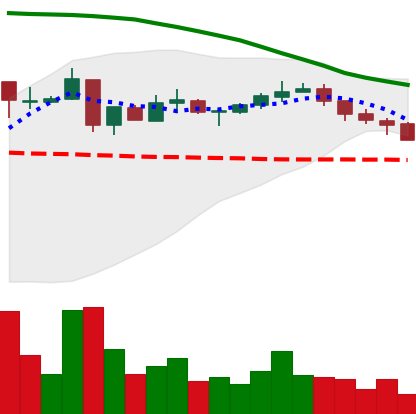
Ticker: XRP-USD
Chart end date: 2018-05-10
Forward return: -7.867%
Label: down_7plus